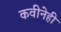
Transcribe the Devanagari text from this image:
कवीनेही